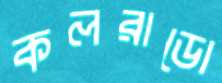
কলরাডো